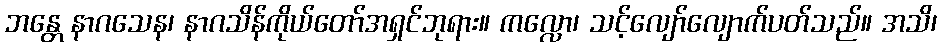
ဘန္တေ နာဂသေန၊ နာဂသိန်ကိုယ်တော်အရှင်ဘုရား။ ကလ္လော၊ သင့်လျော်လျောက်ပတ်သည်။ အသိ၊